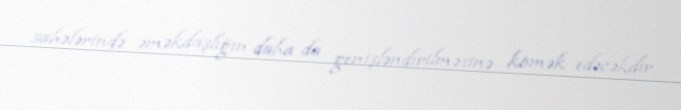
sahələrində əməkdaşlığın daha da genişləndirilməsinə kömək edəcəkdir.